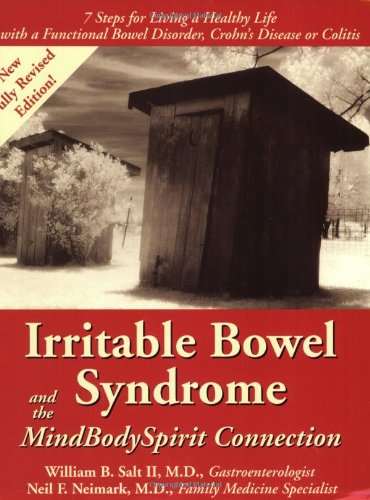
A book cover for Irritable Bowel Syndrome & the MindBodySpirit Connection: 7 Steps for Living a Healthy Life with a Functional Bowel Disorder, Crohn's Disease, or Colitis (Mind-Body-Spirit Connection Series.); William B. Salt II MD; Health, Fitness & Dieting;